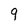
Character: q